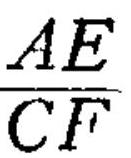
\(\frac{AE}{CF}\)